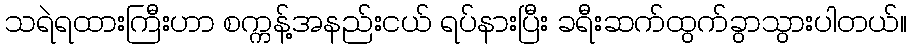
သရဲရထားကြီးဟာ စက္ကန့်အနည်းငယ် ရပ်နားပြီး ခရီးဆက်ထွက်ခွာသွားပါတယ်။